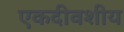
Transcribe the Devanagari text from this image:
एकदीवशीय